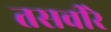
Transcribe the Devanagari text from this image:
तसवीरे